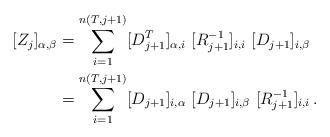
LaTeX: \begin{align*} [Z_j]_{\alpha, \beta} &= \sum_{i = 1}^{n(T, j+1)}[D_{j+1}^T]_{\alpha, i} \ [R_{j+1}^{-1}]_{i, i} \ [D_{j+1}]_{i, \beta}\\ &= \sum_{i = 1}^{n(T, j+1)}[D_{j+1}]_{i, \alpha} \ [D_{j+1}]_{i, \beta} \ [R_{j+1}^{-1}]_{i, i} \, . \end{align*}